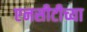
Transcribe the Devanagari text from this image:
एनसीटीच्या